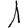
Digit: 1